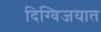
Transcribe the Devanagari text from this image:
दिग्विजयात